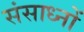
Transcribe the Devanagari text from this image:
संसाध्नों